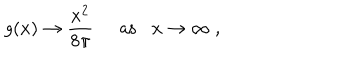
g ( x ) \rightarrow \frac { x ^ { 2 } } { 8 \pi } \; \; \mathrm { a s } x \rightarrow \infty \; ,